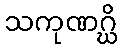
သကုဏဂ္ဃိ